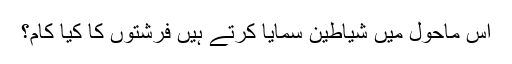
اس ماحول میں شیاطین سمایا کرتے ہیں فرشتوں کا کیا کام؟